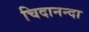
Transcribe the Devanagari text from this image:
चिदानन्दा